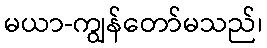
မယာ-ကျွန်တော်မသည်၊